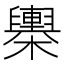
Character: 𣟰